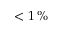
< 1 \, \%